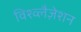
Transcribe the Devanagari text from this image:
विश्व्लैज़ेशन